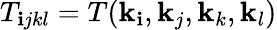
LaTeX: T_{\mathbf{i}jkl}=T(\mathbf{{k}}_{\mathbf{i}},\mathbf{{k}}_{j},\mathbf{{k}}_{k},\mathbf{{k}}_{l})